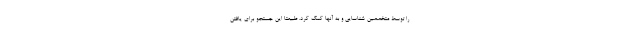
را توسط متخصصین شناسایی و به آنها کمک کرد. طبیعتا این جستجو برای یافتن